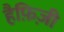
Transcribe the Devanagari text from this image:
हैफ़िज़ी